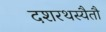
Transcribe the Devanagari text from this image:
दशरथस्यैतौ